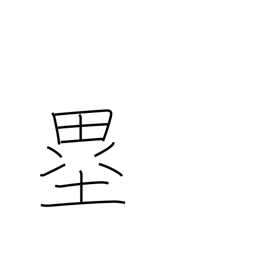
Meaning: bases